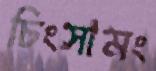
চিংসামং